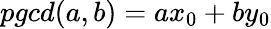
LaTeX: pgcd(a,b)=ax_{0}+by_{0}